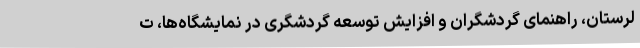
لرستان، راهنمای گردشگران و افزایش توسعه گردشگری در نمایشگاه‌ها، ت